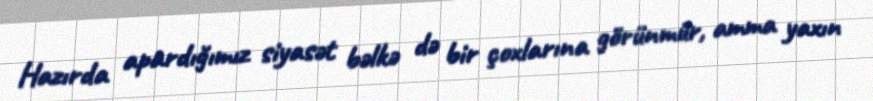
Hazırda apardığımız siyasət bəlkə də bir çoxlarına görünmür, amma yaxın